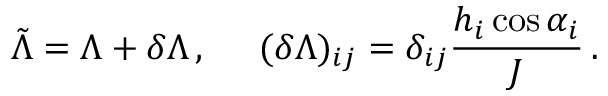
\tilde { \Lambda } = \Lambda + \delta \Lambda \, , \; \; \; \; \; ( \delta \Lambda ) _ { i j } = \delta _ { i j } \frac { h _ { i } \cos \alpha _ { i } } { J } \, .